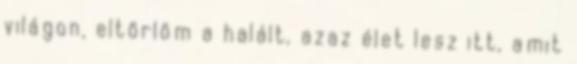
világon, eltörlöm a halált, azaz élet lesz itt, amit